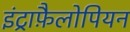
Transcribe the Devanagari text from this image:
इंट्राफ़ैलोपियन